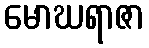
မောဃရာဇာ